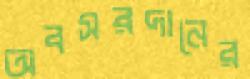
অবসরদানের